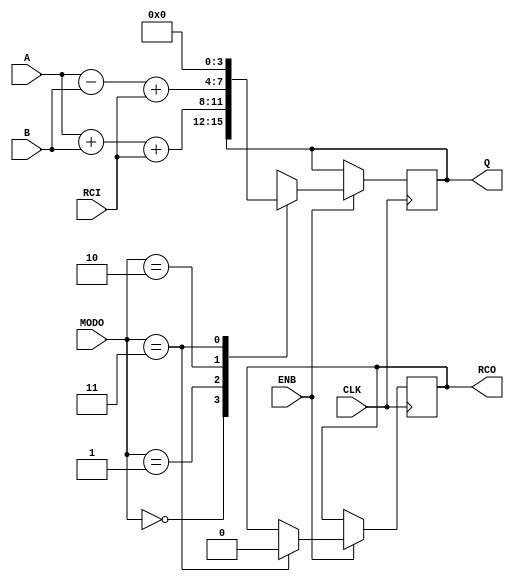
/* Universidad de Costa Rica
   Escuela de Ingeniera Elctrica | Circuitos Digitales II - IE0523
   Profesor: Enrique Coen | Asistente: Ana Eugenia Snchez
   Estudiante: Andrs Chaves Vargas | Carn: B92198 
*/

module Sumador4Bits(
               input [3:0] A, 
               input [3:0] B, 
               input [1:0] MODO, 
               input CLK, ENB, RCI,
               output reg [3:0] Q,
               output reg RCO);


always @ (posedge CLK)
if (ENB) begin
  case(MODO)
   2'b00: begin Q <= Q; // Valor de estado anterior se mantiene.
          RCO <= RCO;
          end
   2'b01: Q <= A + B + RCI ; // Suma entre A y B.

   2'b10: Q <= A - B + RCI; // Resta mediante el uso de complemento a 2.
           
   2'b11: begin Q <= 0; 
          RCO <= 0;
          end 
  endcase
end


endmodule